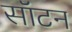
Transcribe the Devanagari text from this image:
सॉटन